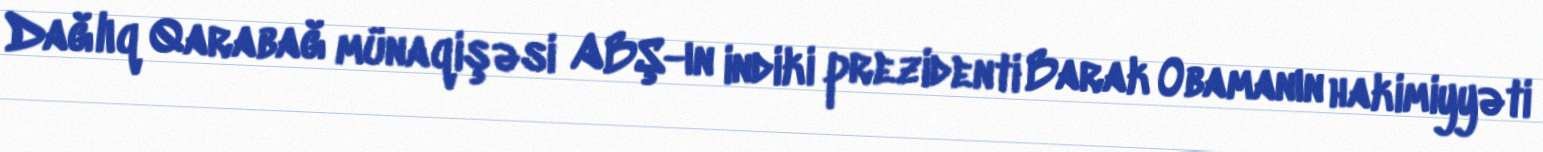
Dağlıq Qarabağ münaqişəsi ABŞ-ın indiki prezidenti Barak Obamanın hakimiyyəti